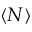
\left< N \right>